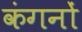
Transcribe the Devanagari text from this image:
कंगनों